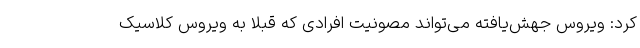
کرد: ویروس جهش‌یافته می‌‌تواند مصونیت افرادی که قبلاً به ویروس کلاسیک